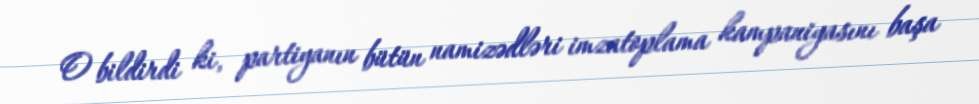
O bildirdi ki, partiyanın bütün namizədləri imzatoplama kampaniyasını başa